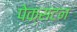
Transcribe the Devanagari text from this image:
पेक्‍सटन